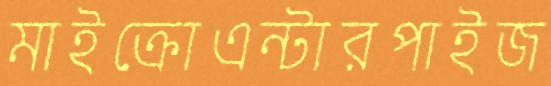
মাইক্রোএন্টারপাইজ